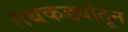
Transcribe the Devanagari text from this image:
तबकड्यांतून